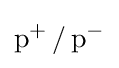
\mathrm {p} ^{+}\,/\,\mathrm {p} ^{-}